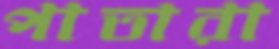
পাতারা